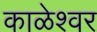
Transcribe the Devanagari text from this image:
काळेश्वर